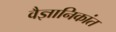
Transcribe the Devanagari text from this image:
वैज्ञानिकांत